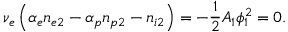
\nu _ { e } \left( \alpha _ { e } n _ { e 2 } - \alpha _ { p } n _ { p 2 } - n _ { i 2 } \right) = - \frac { 1 } { 2 } A _ { 1 } \phi _ { 1 } ^ { 2 } = 0 .